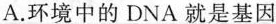
A.环境中的DNA就是基因